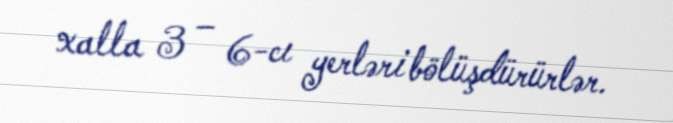
xalla 3 – 6-cı yerləri bölüşdürürlər.